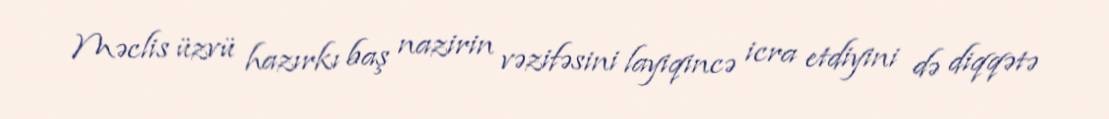
Məclis üzvü hazırkı baş nazirin vəzifəsini layiqincə icra etdiyini də diqqətə